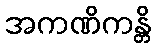
အကဏိကန္တိ